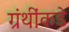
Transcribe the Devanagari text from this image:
ग्रंथींकडे